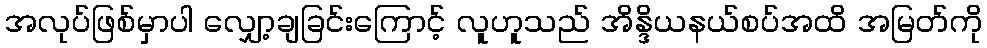
အလုပ်ဖြစ်မှာပါ လျှော့ချခြင်းကြောင့် လူဟူသည် အိန္ဒိယနယ်စပ်အထိ အမြတ်ကို